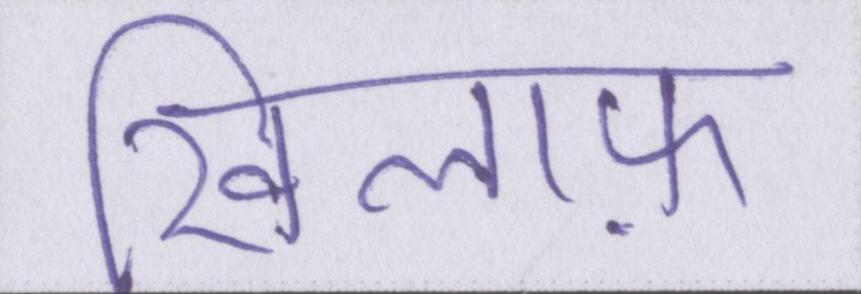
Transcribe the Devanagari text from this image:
खिलाफ़